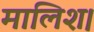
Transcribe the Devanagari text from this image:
मालिश।